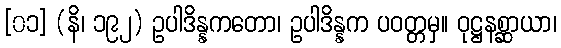
[၀၁] (နိ၊ ၁၉၂) ဥပါဒိန္နကတော၊ ဥပါဒိန္နက ပဝတ္တမှ။ ဝုဋ္ဌနစ္ဆာယာ၊